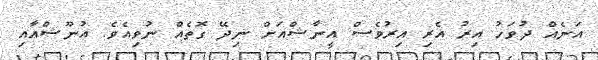
އަނެއް ދުވަހު އިރު އެރި އިރުވެސް އީނާޝްއަށް ނިދޭ ގޮތެއް ނުވިއެވެ. އުނޫޝްއާއި